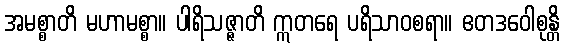
အမစ္စာတိ မဟာမစ္စာ။ ပါရိသဇ္ဇာတိ ဣတရေ ပရိသာဝစရာ။ ဧတဒဝေါစုန္တိ